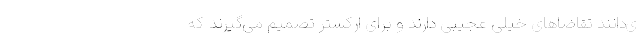
ی‌دانند تقاضاهای خیلی عجیبی دارند و برای ارکستر تصمیم می‌گیرند که